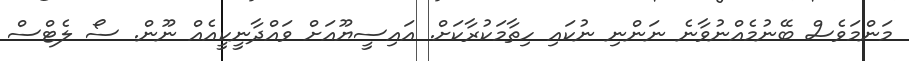
މަންމަވެސް ބޭނުމެއްނުވާނެ ނަންނި ނުކައި ހިތާމަކުރާކަށް. އައިސީޔޫއަށް ވައްދާނީކީއެއް ނޫން. ސޯ ލެޓްސް